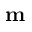
\mathbf { m }